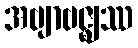
အဗျာဗဇ္ဈဿ